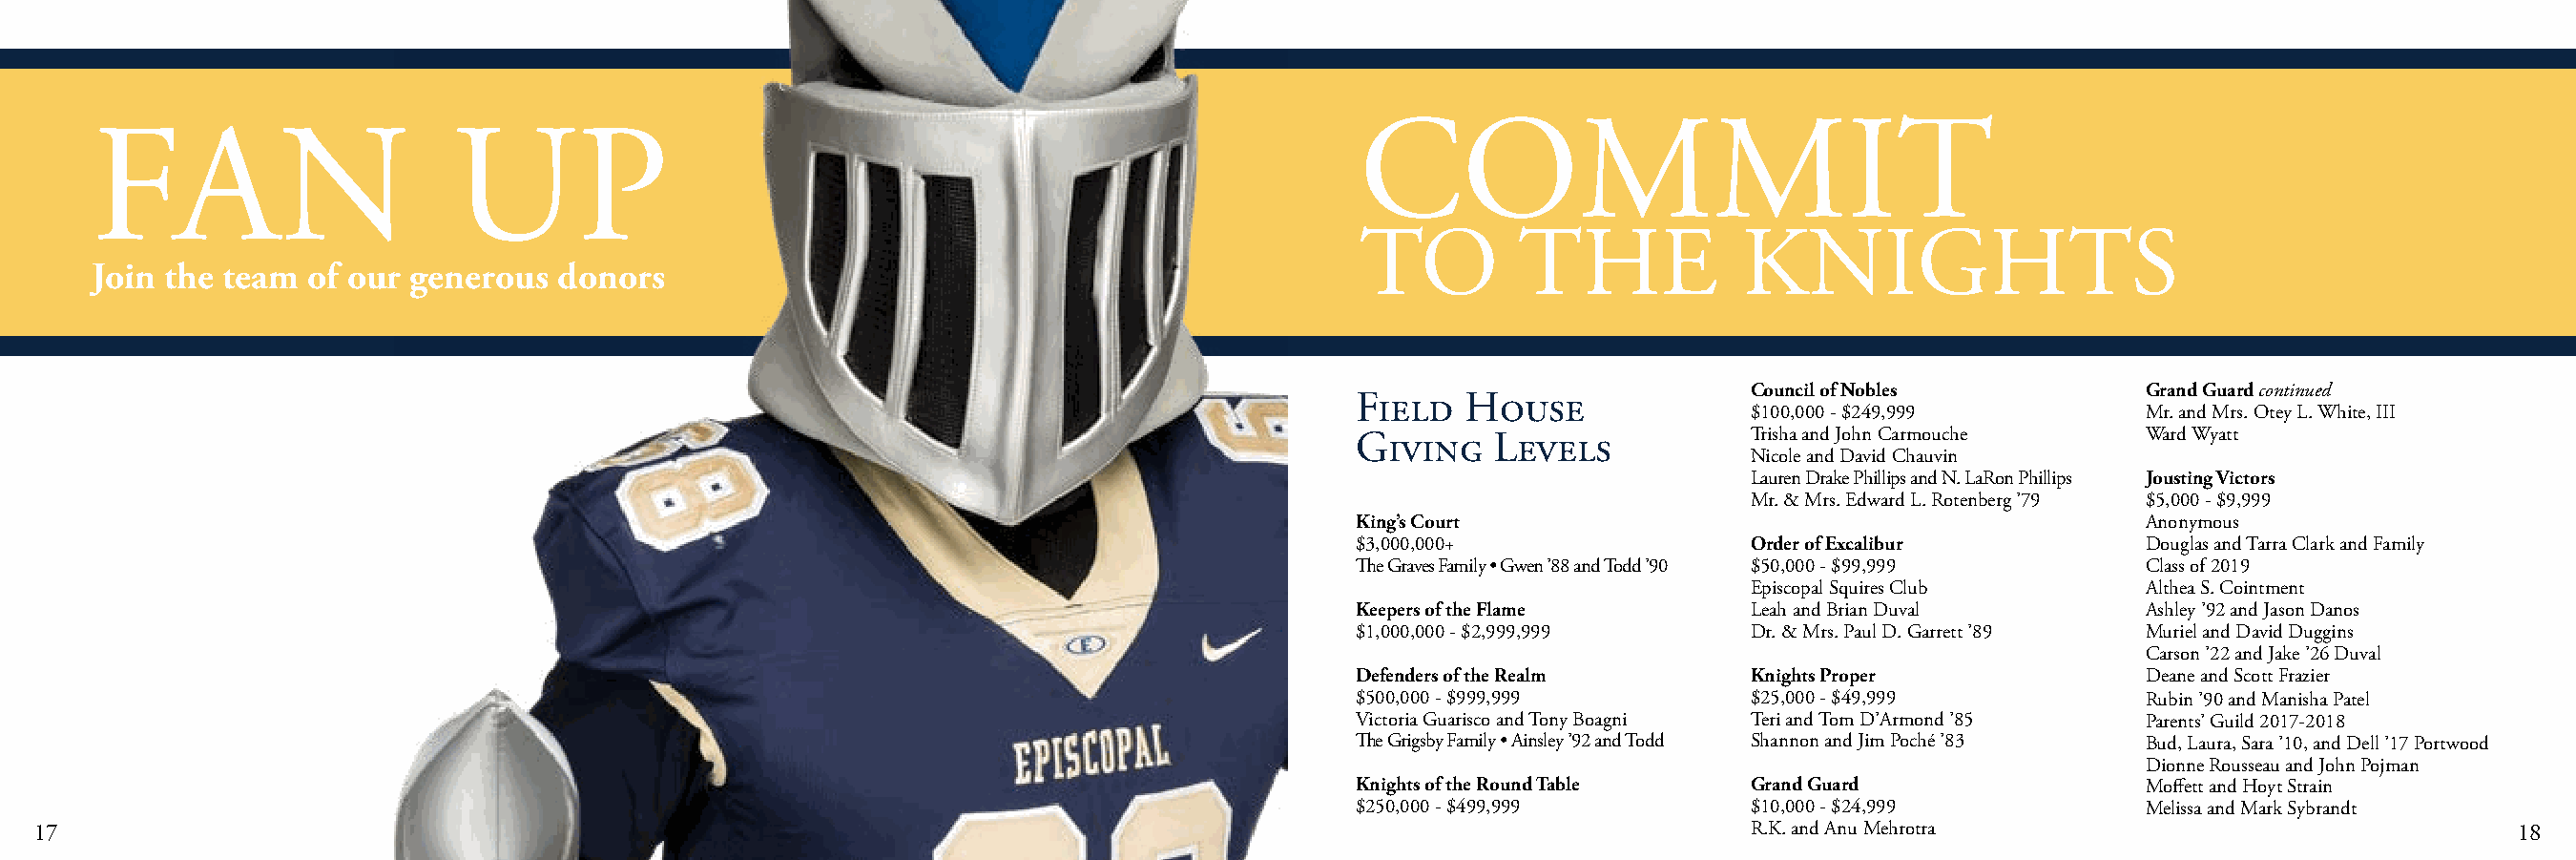
COMMIT
 FAN                      UP
 TO         THE             KNIGHTS
 Join the team  of our generous   donors
 Council of Nobles           Grand Guard continued
 Field   House
 $100,000 - $249,999         Mr. and Mrs. Otey L. White, III
 Giving    Levels           Trisha and John Carmouche   Ward Wyatt
 Nicole and David Chauvin
 Lauren Drake Phillips and N. LaRon Phillips Jousting Victors
 Mr. & Mrs. Edward L. Rotenberg ’79 $5,000 - $9,999
 King’s Court                                           Anonymous
 $3,000,000+                Order of Excalibur          Douglas and Tarra Clark and Family
 The Graves Family • Gwen ’88 and Todd ’90 $50,000 - $99,999 Class of 2019
 Episcopal Squires Club      Althea S. Cointment
 Keepers of the Flame       Leah and Brian Duval        Ashley ’92 and Jason Danos
 $1,000,000 - $2,999,999    Dr. & Mrs. Paul D. Garrett ’89 Muriel and David Duggins
 Carson ’22 and Jake ’26 Duval
 Defenders of the Realm     Knights Proper              Deane and Scott Frazier
 $500,000 - $999,999        $25,000 - $49,999           Rubin ’90 and Manisha Patel
 Victoria Guarisco and Tony Boagni Teri and Tom D’Armond ’85 Parents’ Guild 2017-2018
 The Grigsby Family • Ainsley ’92 and Todd Shannon and Jim Poché ’83 Bud, Laura, Sara ’10, and Dell ’17 Portwood
 Dionne Rousseau and John Pojman
 Knights of the Round Table Grand Guard                 Moffett and Hoyt Strain
 $250,000 - $499,999        $10,000 - $24,999           Melissa and Mark Sybrandt
 17                                                                                                                     R.K. and Anu Mehrotra                                 18